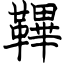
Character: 鞸